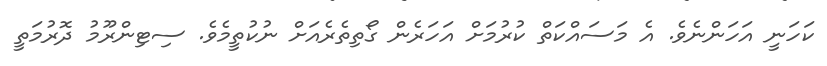
ކަހަނީ އަހަންނެވެ. އެ މަސައްކަތް ކުރުމަށް އަހަރެން ގޯތިތެރެއަށް ނުކުތީމެވެ. ސިޓިންރޫމު ދޮރުމަތީ